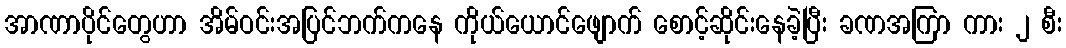
အာဏာပိုင်တွေဟာ အိမ်ဝင်းအပြင်ဘက်ကနေ ကိုယ်ယောင်ဖျောက် စောင့်ဆိုင်းနေခဲ့ပြီး ခဏအကြာ ကား ၂ စီး